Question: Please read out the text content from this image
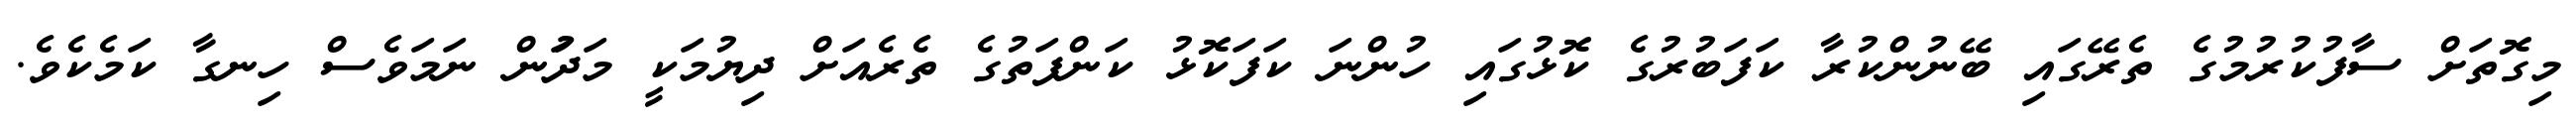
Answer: މިގޮތަށް ސާފުކުރުމުގެ ތެރޭގައި ބޭނުންކުރާ ކަފަބުރުގެ ކޮޅުގައި ހުންނަ ކަފަކޮޅު ކަންފަތުގެ ތެރެއަށް ދިޔުމަކީ މަދަުން ނަމަވެސް ހިނގާ ކަމެކެވެ.